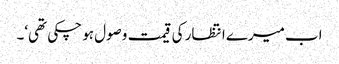
اب میرے انتظار کی قیمت وصول ہو چکی تھی‘۔